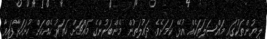
ލިޔުންތަކުގައި މައްސަލަތަކެއް އުޅޭ ކަމަށެވެ. ދައުލަތުން މެންބަރުންގެ މައްޗަށް ހަތަރު ހެއްކަށް ހުށަހަޅާފައިވާ